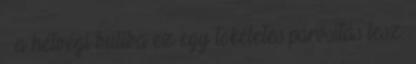
– a hétvégi buliba ez egy tökéletes párosítás lesz.